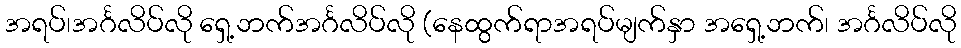
အရပ်၊အင်္ဂလိပ်လို ရှေ့ဘက်အင်္ဂလိပ်လို (နေထွက်ရာအရပ်မျက်နှာ အရှေ့ဘက်၊ အင်္ဂလိပ်လို